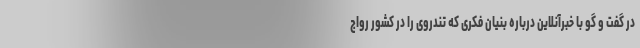
در گفت و گو با خبرآنلاین درباره بنیان فکری که تندروی را در کشور رواج